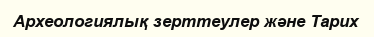
Археологиялық зерттеулер және Тарих